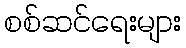
စစ်ဆင်ရေးများ